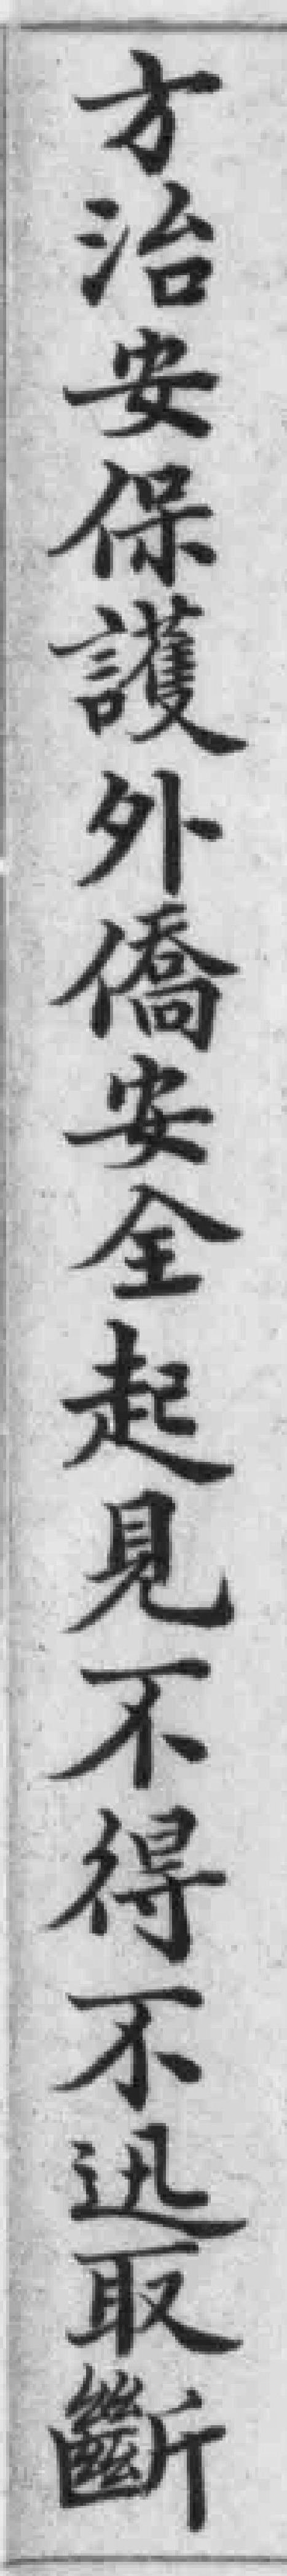
才治安保護外僑安全起見不得不迅取斷